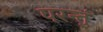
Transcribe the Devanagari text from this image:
परन्तुं